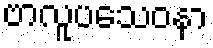
ဗာလူပသေဝနာ